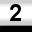
Digit: 2